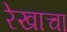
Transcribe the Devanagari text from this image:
रेखाचा